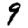
Digit: 9